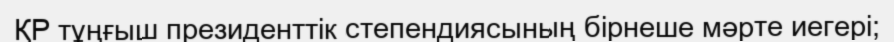
ҚР тұңғыш президенттік степендиясының бірнеше мәрте иегері;